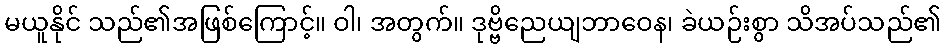
မယူနိုင် သည်၏အဖြစ်ကြောင့်။ ဝါ၊ အတွက်။ ဒုဗ္ဗိညေယျဘာဝေန၊ ခဲယဉ်းစွာ သိအပ်သည်၏